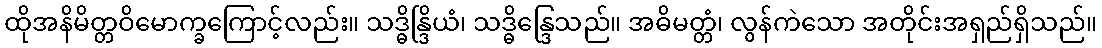
ထိုအနိမိတ္တဝိမောက္ခကြောင့်လည်း။ သဒ္ဓိန္ဒြိယံ၊ သဒ္ဓိန္ဒြေသည်။ အဓိမတ္တံ၊ လွန်ကဲသော အတိုင်းအရှည်ရှိသည်။